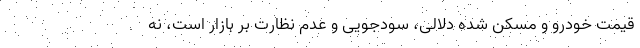
قیمت خودرو و مسکن شده دلالی، سودجویی و عدم نظارت بر بازار است، نه